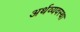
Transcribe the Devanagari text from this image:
अर्थव्यवस्‍था